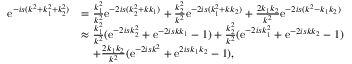
\begin{array} { r l } { \mathrm { e } ^ { - i s ( k ^ { 2 } + k _ { 1 } ^ { 2 } + k _ { 2 } ^ { 2 } ) } } & { = \frac { k _ { 1 } ^ { 2 } } { k ^ { 2 } } \mathrm { e } ^ { - 2 i s ( k _ { 2 } ^ { 2 } + k k _ { 1 } ) } + \frac { k _ { 2 } ^ { 2 } } { k ^ { 2 } } \mathrm { e } ^ { - 2 i s ( k _ { 1 } ^ { 2 } + k k _ { 2 } ) } + \frac { 2 k _ { 1 } k _ { 2 } } { k ^ { 2 } } \mathrm { e } ^ { - 2 i s ( k ^ { 2 } - k _ { 1 } k _ { 2 } ) } } \\ & { \approx \frac { k _ { 1 } ^ { 2 } } { k ^ { 2 } } ( \mathrm { e } ^ { - 2 i s k _ { 2 } ^ { 2 } } + \mathrm { e } ^ { - 2 i s k k _ { 1 } } - 1 ) + \frac { k _ { 2 } ^ { 2 } } { k ^ { 2 } } ( \mathrm { e } ^ { - 2 i s k _ { 1 } ^ { 2 } } + \mathrm { e } ^ { - 2 i s k k _ { 2 } } - 1 ) } \\ & { \quad + \frac { 2 k _ { 1 } k _ { 2 } } { k ^ { 2 } } ( \mathrm { e } ^ { - 2 i s k ^ { 2 } } + \mathrm { e } ^ { 2 i s k _ { 1 } k _ { 2 } } - 1 ) , } \end{array}